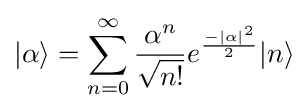
|\alpha \rangle =\sum _{n=0}^{\infty }{\frac {{\alpha }^{n}}{\sqrt {n!}}}e^{\frac {{-\left\vert {\alpha }\right\vert }^{2}}{2}}|n\rangle